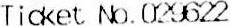
TICKET NO.029622